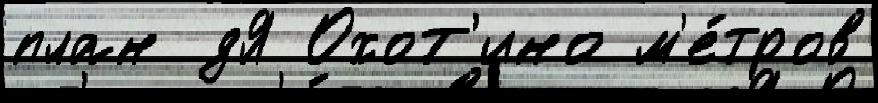
план дЯ Охот'ино м'е́тров